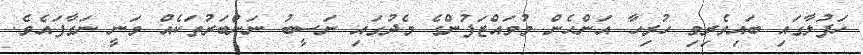
ހަފުލާގައި ބައިވެރިވި ހުރިހާ އަންހެން މުވައްޒަފުންގެ މެދުގައި ނަސީބު ނަންބަރުތަކެއް ވަނީ ނަގާފައެވެ.